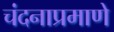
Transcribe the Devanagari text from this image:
चंदनाप्रमाणे